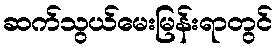
ဆက်သွယ်မေးမြန်းရာတွင်